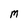
Character: M